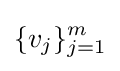
\{v_{j}\}_{j=1}^{m}